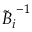
{ \boldsymbol { { \widetilde { B } } } _ { i } } ^ { - 1 }